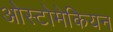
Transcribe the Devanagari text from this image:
ओस्टोमेकियन